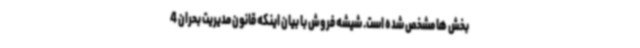
بخش ها مشخص شده است. شیشه فروش با بیان اینکه قانون مدیریت بحران 4